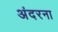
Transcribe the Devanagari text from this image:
अंदरना